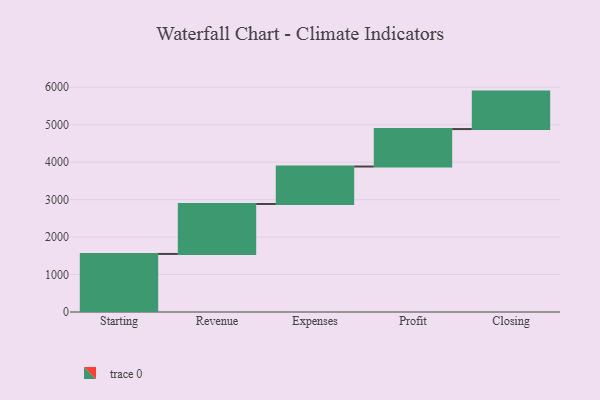
{"axis": {"x": "Step", "y": "Value"}, "legend": [""], "data": [{"x": "Starting", "y": 1550.0, "type": ""}, {"x": "Revenue", "y": 1334.0, "type": ""}, {"x": "Expenses", "y": 1000, "type": ""}, {"x": "Profit", "y": 1000, "type": ""}, {"x": "Closing", "y": 1000, "type": ""}]}